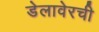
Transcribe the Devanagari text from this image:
डेलावेरची